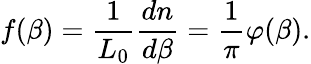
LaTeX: f(\beta)=\frac{1}{L_{0}}\frac{dn}{d\beta}=\frac{1}{\pi}\varphi(\beta).